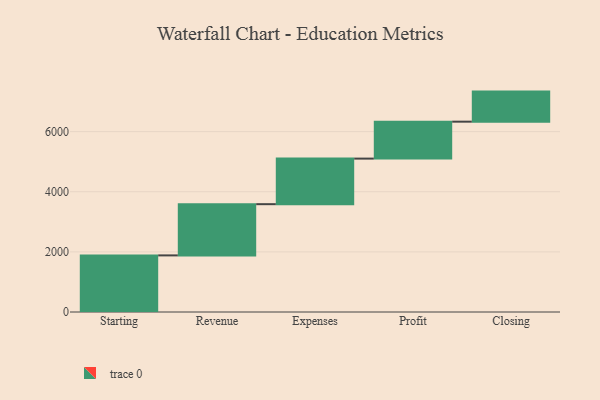
{"axis": {"x": "Step", "y": "Value"}, "legend": [""], "data": [{"x": "Starting", "y": 1883.0, "type": ""}, {"x": "Revenue", "y": 1704.0, "type": ""}, {"x": "Expenses", "y": 1516.0, "type": ""}, {"x": "Profit", "y": 1229.0, "type": ""}, {"x": "Closing", "y": 1000, "type": ""}]}